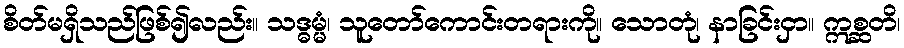
စိတ်မရှိသည်ဖြစ်၍လည်း။ သဒ္ဓမ္မံ၊ သူတော်ကောင်းတရားကို။ သောတုံ၊ နာခြင်းငှာ။ ဣစ္ဆတိ၊